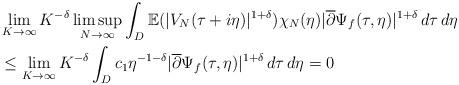
LaTeX: \begin{align*}&\lim_{K \to \infty}K^{-\delta} \limsup_{N \to \infty}\int_{D}\mathbb{E}(|V_{N}(\tau+i\eta)|^{1+\delta})\chi_{N}(\eta)|\overline{\partial}\Psi_{f}(\tau,\eta)|^{1+\delta}\,d\tau\,d\eta\\&\leq \lim_{K \to \infty}K^{-\delta}\int_{D}c_1\eta^{-1-\delta}|\overline{\partial}\Psi_f(\tau,\eta)|^{1+\delta}\,d\tau\,d\eta = 0 \end{align*}